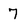
Character: 7